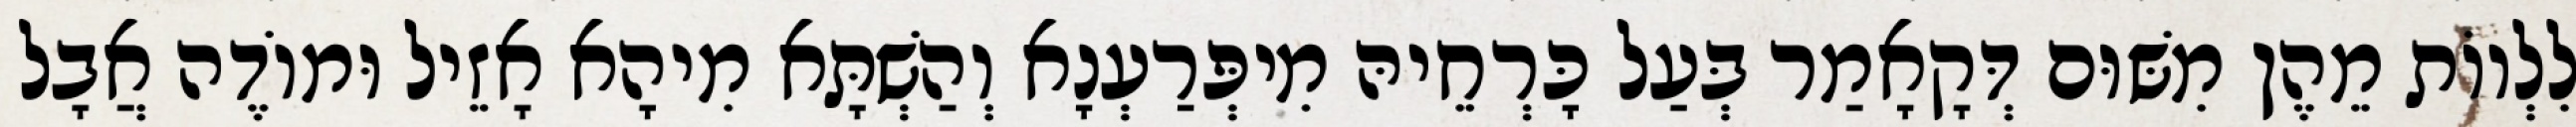
לִלְווֹת מֵהֶן מִשּׁוּם דְּקָאָמַר בְּעַל כָּרְחֵיהּ מִיפְּרַעְנָא וְהַשְׁתָּא מִיהָא אָזֵיל וּמוֹדֶה אֲבָל